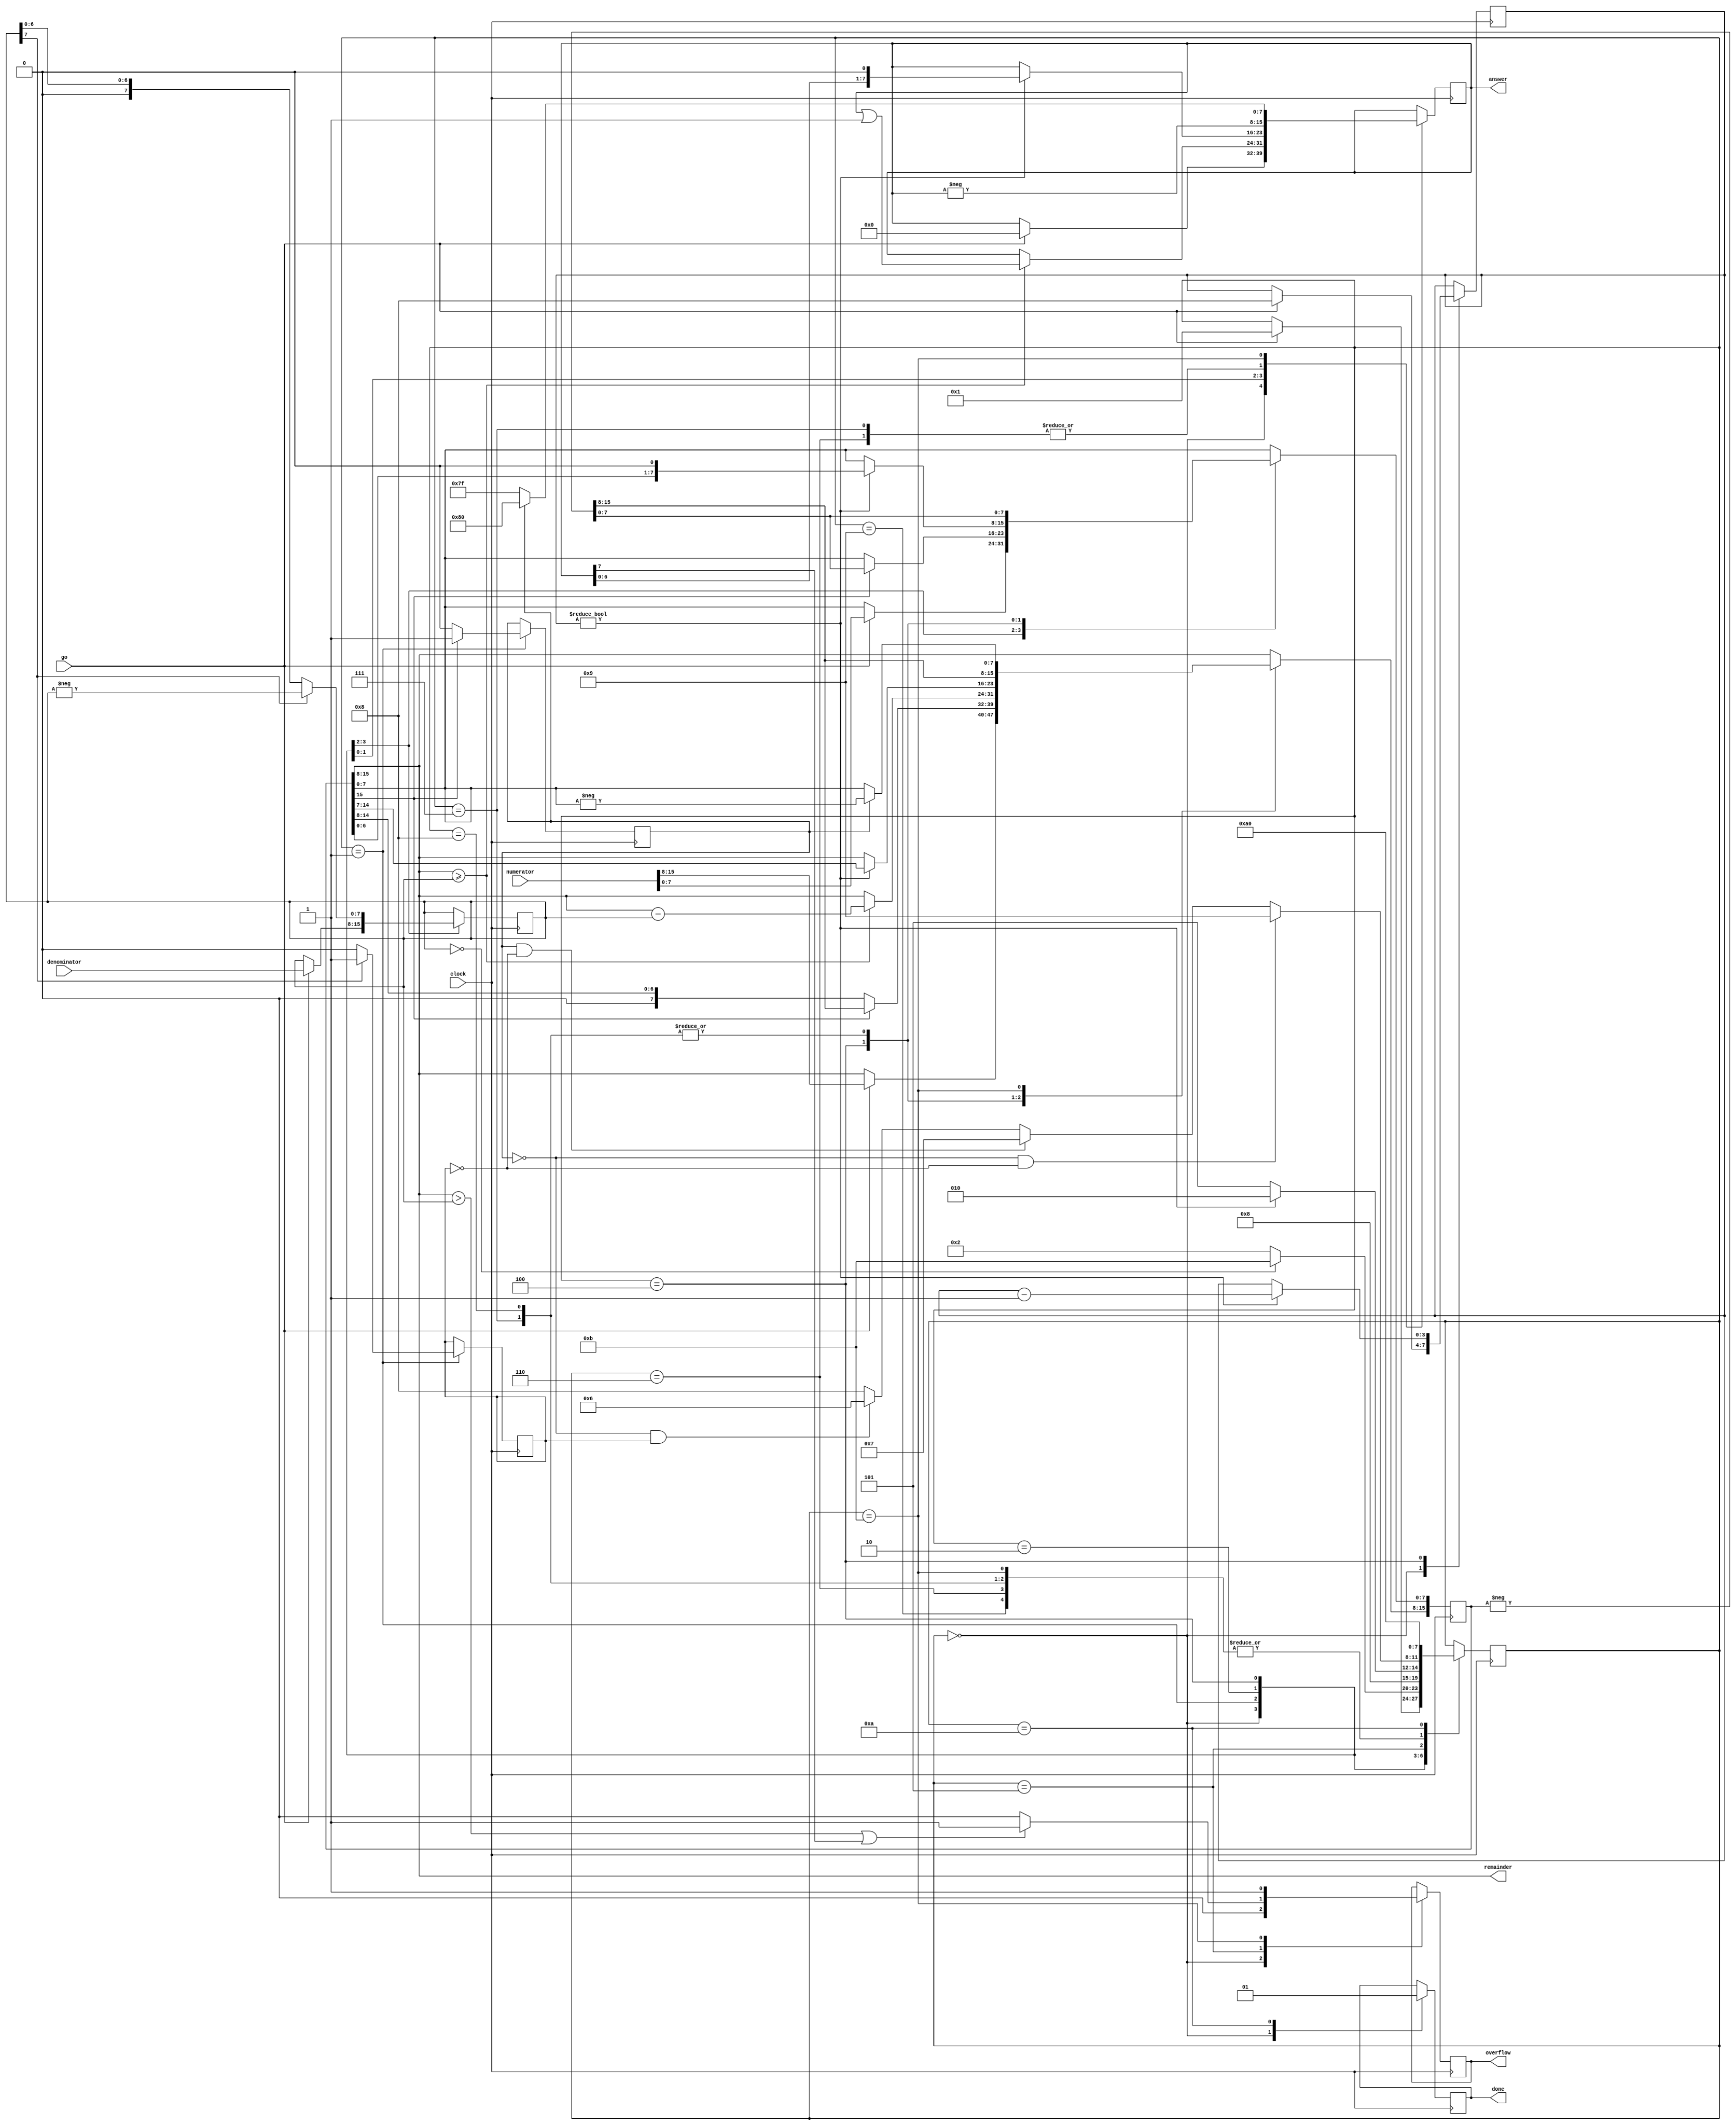
module divider(
    input clock,
    input [15:0] numerator,
    input [7:0] denominator,
    input go,
    output [7:0] answer,
    output [7:0] remainder,
    output overflow,
    output done
    );

parameter init = 0, signs = 1, check = 2, shift = 3, count = 4, checksigns = 5, posneg = 6, negpos = 7, negneg = 8, pospos = 9, finish = 10, divbyzero = 11;

reg overflow;
reg done;
reg [15:0] top;
reg [7:0] bottom;
reg [3:0] state = init;
reg topsign;
reg bottomsign;
reg [3:0] bitcount;
reg [7:0] quotient;

assign remainder = top[15:8];                           // left-over bits in top will give us remainder
assign answer = quotient;

always @(posedge clock)
    begin
        case(state)
        init:
            begin
            overflow <= 0;
            done <= 0;
            if(go)
                begin
                top <= numerator;                           // dividend
                bottom <= denominator;                      // divisor
                bitcount <= 8;
                state <= signs;
                quotient <= 0;
                end
            end
        signs:
            begin
            if(top[15])
                begin
                top <= -top;
                topsign <= 1;
                end
            else
                topsign <= 0;
            if(bottom[7])
                begin
                bottom <= -bottom;  
                bottomsign <= 1;
                end
            else
                bottomsign <= 0;
            if(bottom == 0)
                state <= divbyzero;
            else
                state <= check;    
            end
        check:
            begin
            if(top[15:8] >= bottom)
                begin
                top[15:8] <= top[15:8] - bottom;
                quotient <= quotient | 1;
                end
            state <= count;
            end
        count:
            begin
            if(bitcount != 0)
                begin
                bitcount <= bitcount - 1;
                top <= {top[14:0], 1'b0};               // throw away used up top bit
                quotient <=  {quotient[6:0], 1'b0};     // all zeroes in high bits
                state <= check;
                end
            else
                state <= checksigns;  
            end
        checksigns:
            begin
            if(topsign == 0 && bottomsign == 0)
                state <= pospos;
            else if(topsign == 1 && bottomsign == 0)
                state <= negpos;
            else if(topsign == 0 && bottomsign == 1)
                state <= posneg;
            else 
                state <= negneg;
            if(top[15:8] > bottom[7:0] || quotient[7])
                    overflow <= 1;
                else
                    overflow <= 0;
            end
        pospos:                                             // divided is positive, divisor is positive
            begin                                           // 27 / 5 = 5 % 2
                state <= finish;                            
            end
        posneg:                                             // divided is positive, divisor is negative
            begin                                           // 27 / -5 = -5 % 2
                quotient <= -quotient;                      // C convention flips signs of quotient but not remainder
                state <= finish;                            
            end
        negpos:                                             // divided is negative, divisor is positive
            begin                                           // -27 / 5 = -5 % -2
                quotient <= -quotient;                      // C convention flips sign of quotient
                top <= -top;                                // C convention flips sign of remainder
                state <= finish;
            end
        negneg:                                             // divided is negative, divisor is negative
            begin                                           // -27 / -5 = 5 % -2 
                top <= -top;                                // C convention flips sign of remainder
                state <= finish;
            end
        divbyzero:                                          // automatic overflow
            begin
                overflow <= 1;
                if(topsign)
                    begin
                    top[15:8] <= -top[7:0];
                    quotient <= 8'h80;                      // saturate big negative
                    end
                else
                    begin
                    top[15:8] <= top[7:0];
                    quotient <= 8'h7f;                      // saturate big positive
                    end
                state <= finish;
            end                    
        finish:
            begin
            done <= 1;    
            state <= init;
            end
        endcase
    end
endmodule